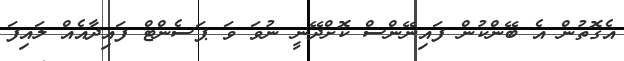
އެގޮތުން އެ ބޭންކުން ފައިނޭންސް ކޮށްދޭނީ ނުވަ ވަ ޕަސެންޓް ފައިދާއެއް ލައިފަ